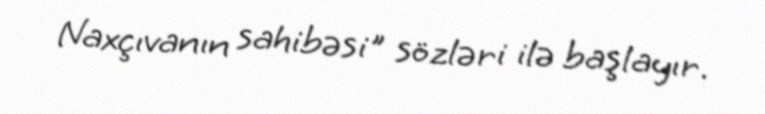
Naxçıvanın sahibəsi" sözləri ilə başlayır.